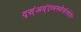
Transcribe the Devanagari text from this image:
द्स्॑अव्॑एव्स्स्वेर्सत्येरेरे